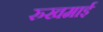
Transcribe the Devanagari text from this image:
रुखमाई